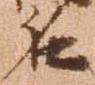
名